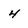
Character: 4